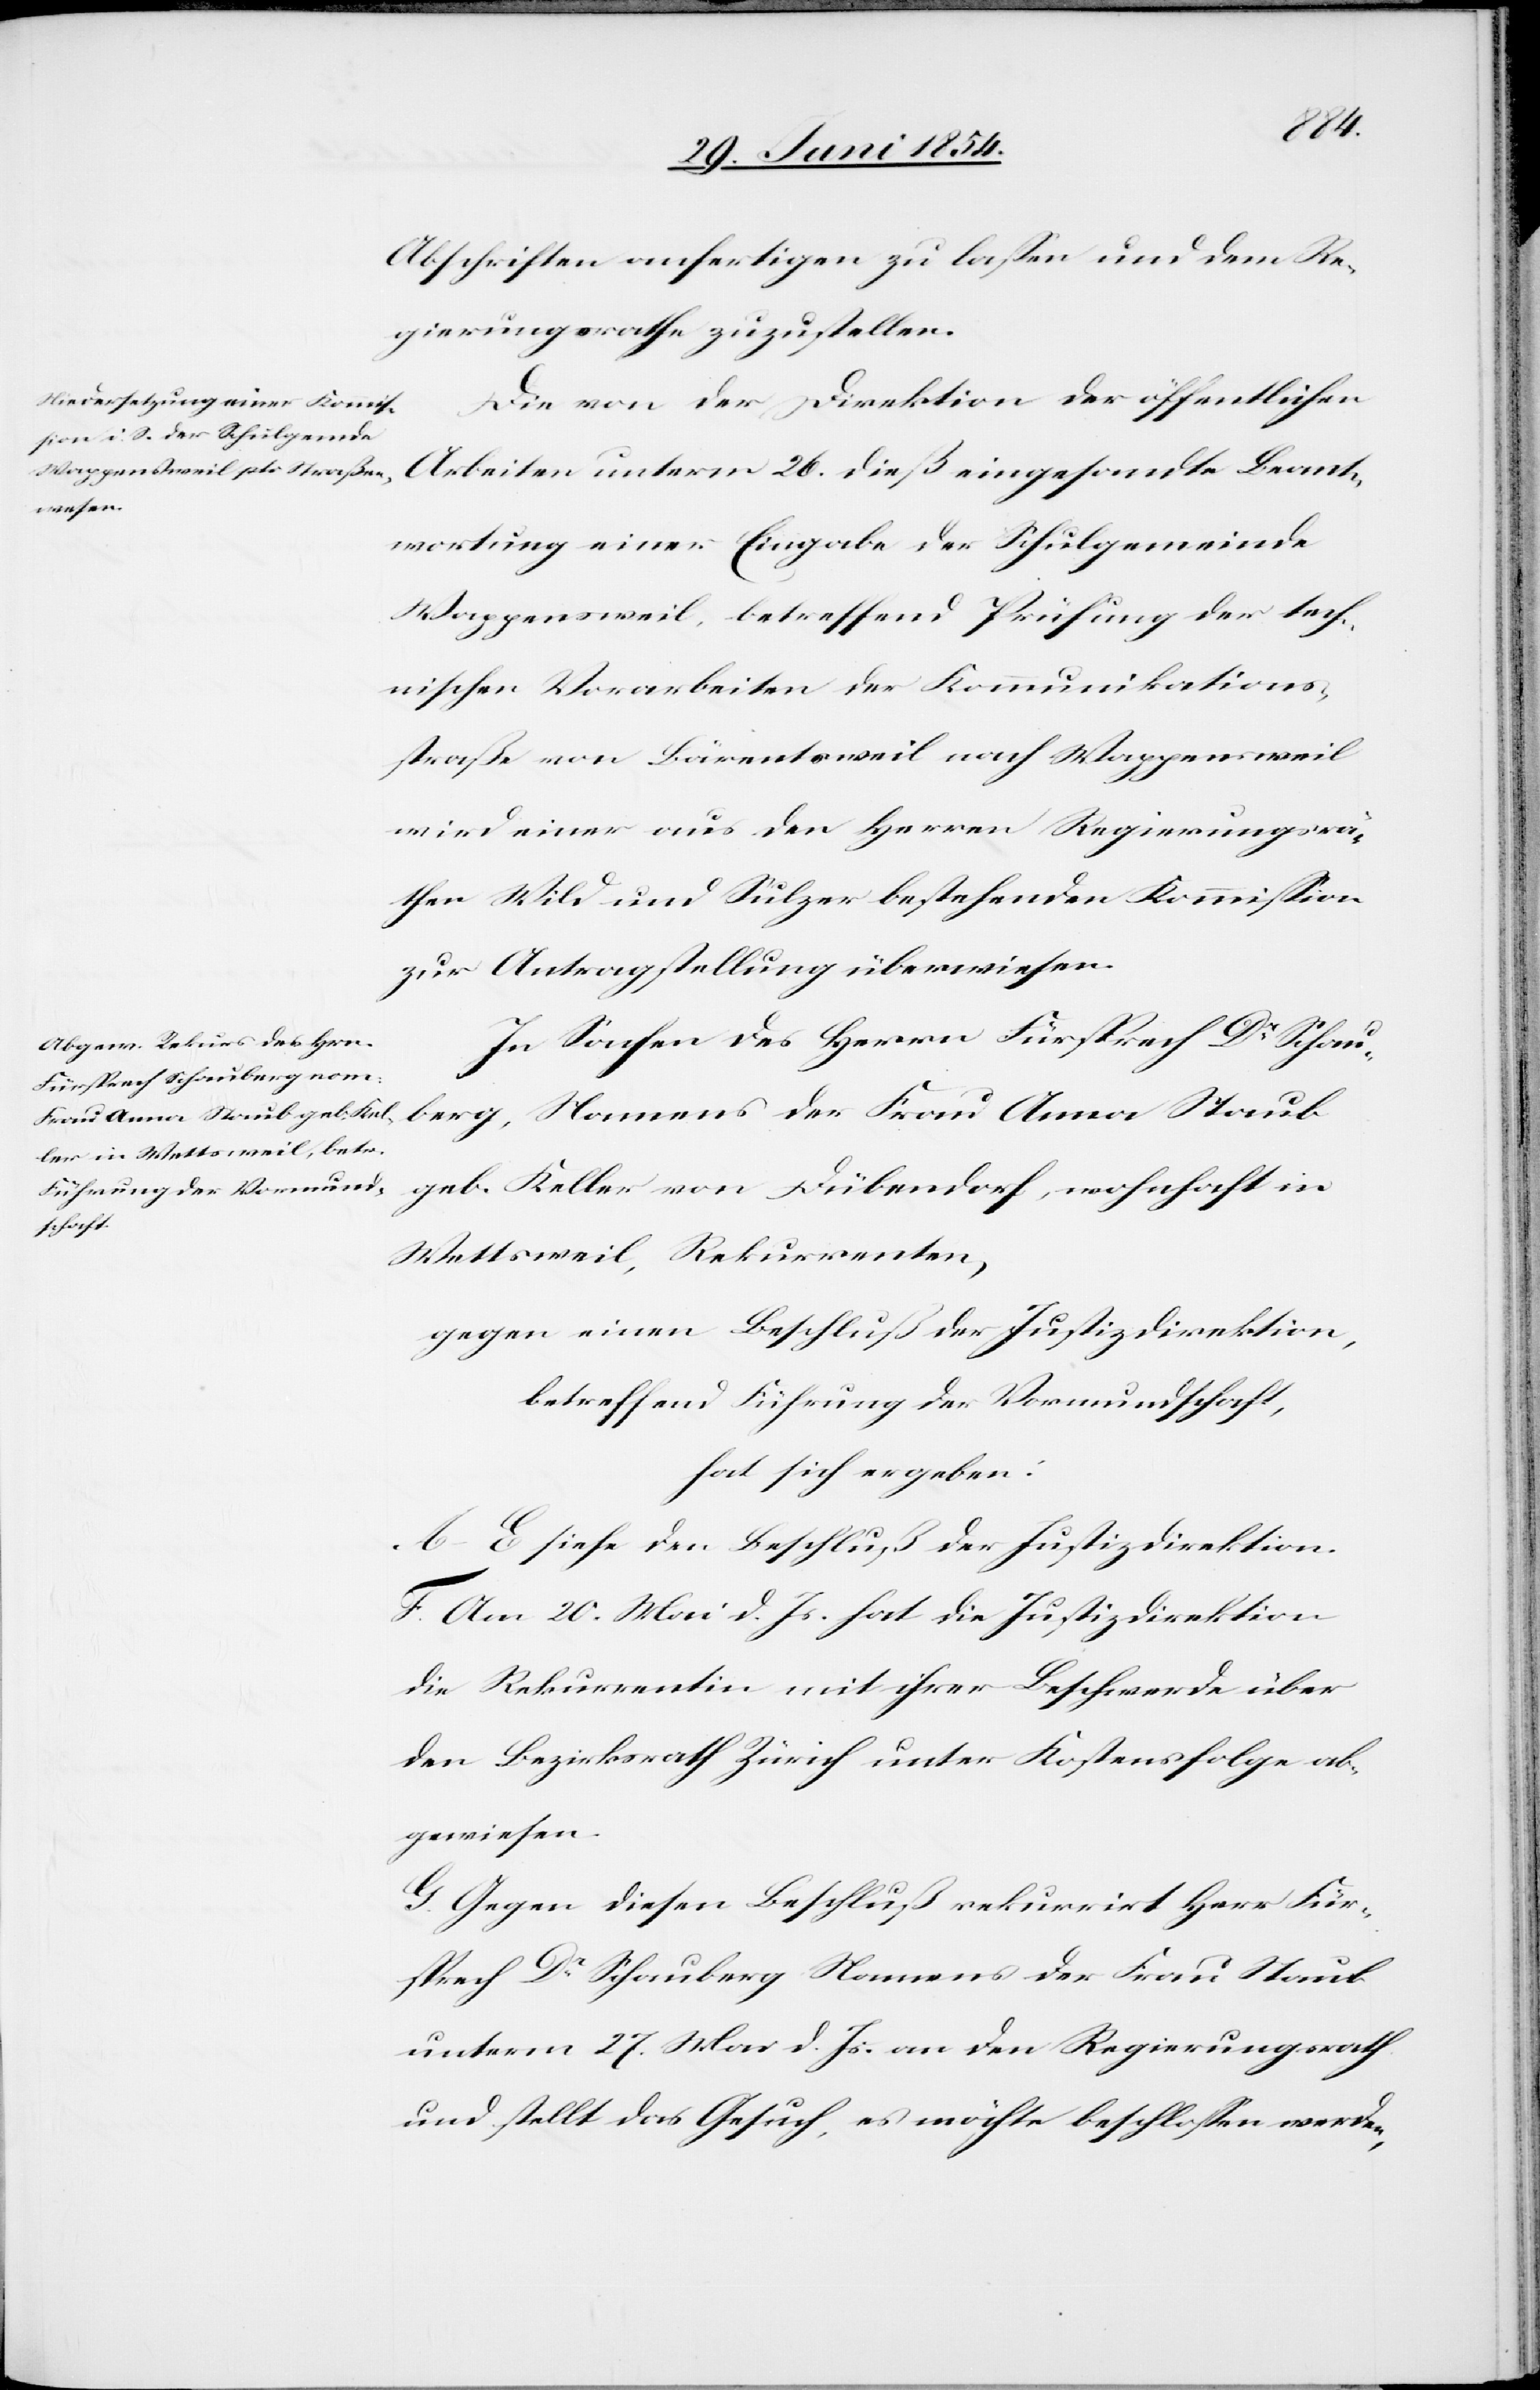
Abschriften anfertigen zu laßen und dem Re¬
gierungsrathe zuzustellen.
Die von der Direktion der öffentlichen
Arbeiten unterm 26. dieß eingesandte Beant¬
wortung einer Eingabe der Schulgemeinde
Wappensweil, betreffend Prüfung der tech¬
nischen Vorarbeiten der Kommunikations¬
straße von Bärentsweil nach Wappensweil
wird einer aus den Herren Regierungsrä¬
then Wild und Sulzer bestehenden Kommißion
zur Antragstellung überwiesen.
In Sachen des Herrn Fürsprech Dr Schau¬
ber, Namens der Frau Anna Staub
geb. Keller von Dübendorf, wohnhaft in
Wettsweil, Rekurrenten,
gegen einen Beschluß der Justizdirektion,
betreffend Führung der Vormundschaft,
hat sich ergeben:
A.–E- siehe den Beschluß der Justizdirektion.
F. Am 20. Mai. d. Js. hat die Justizdirektion
die Rekurrentin mit ihrer Beschwerde über
den Bezirksrath Zürich unter Kostensfolge ab¬
gewiesen.
G. Gegen diesen Beschluß rekurrirt Herr Für¬
sprech Dr Schauberg Namens der Frau Staub
unterm 27. Mai d. Js. an den Regierungsrath
und stellt das Gesuch, es möchte beschloßen werden,